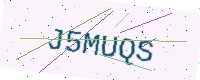
Text: J5MUQS